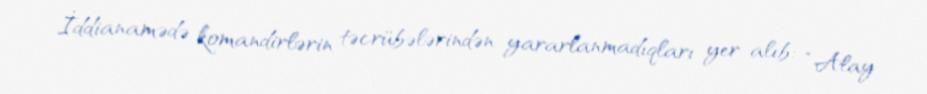
İddianamədə komandirlərin təcrübələrindən yararlanmadıqları yer alıb: “Alay